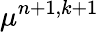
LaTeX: \mu^{n+1,k+1}